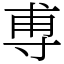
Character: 尃